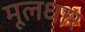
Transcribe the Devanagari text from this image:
मूलधार